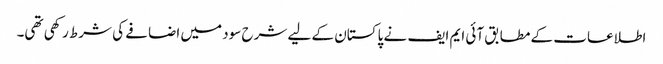
اطلاعات کے مطابق آئی ایم ایف نے پاکستان کے لیے شرح سود میں اضافے کی شرط رکھی تھی۔